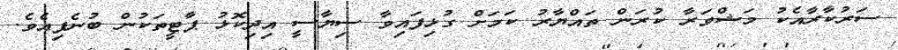
ސަރުކާރާއެކު މަޝްވަރާ ކުރަން ތައްޔާރު ކަމަށް ގުޅިފައިވާ ސިޔާސީ އިދިކޮޅު ޕާޓީތަކުން ބުނެފިއެވެ.